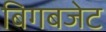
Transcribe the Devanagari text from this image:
बिगबजेट